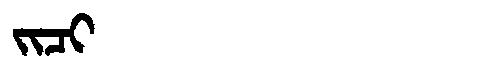
Manchu: ᠵᡳᠴᡳ
Romanization: JICI